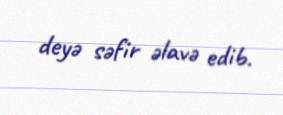
deyə səfir əlavə edib.